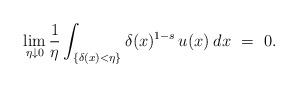
\begin{align*}\lim_{\eta\downarrow 0}\frac 1\eta\int_{\{\delta(x)<\eta\}}\delta(x)^{1-s}\, u(x)\:dx\ =\ 0.\end{align*}